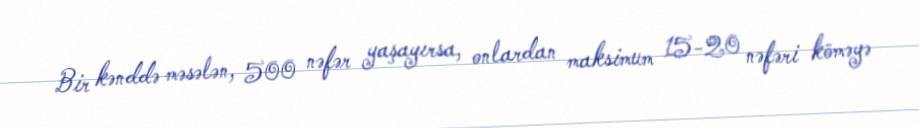
Bir kənddə məsələn, 500 nəfər yaşayırsa, onlardan maksimum 15-20 nəfəri köməyə